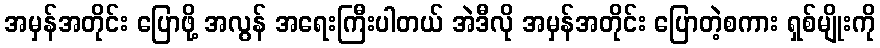
အမှန်အတိုင်း ပြောဖို့ အလွန် အရေးကြီးပါတယ် အဲဒီလို အမှန်အတိုင်း ပြောတဲ့စကား ရှစ်မျိုးကို